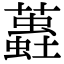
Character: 𧒨